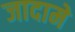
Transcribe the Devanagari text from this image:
जादामे